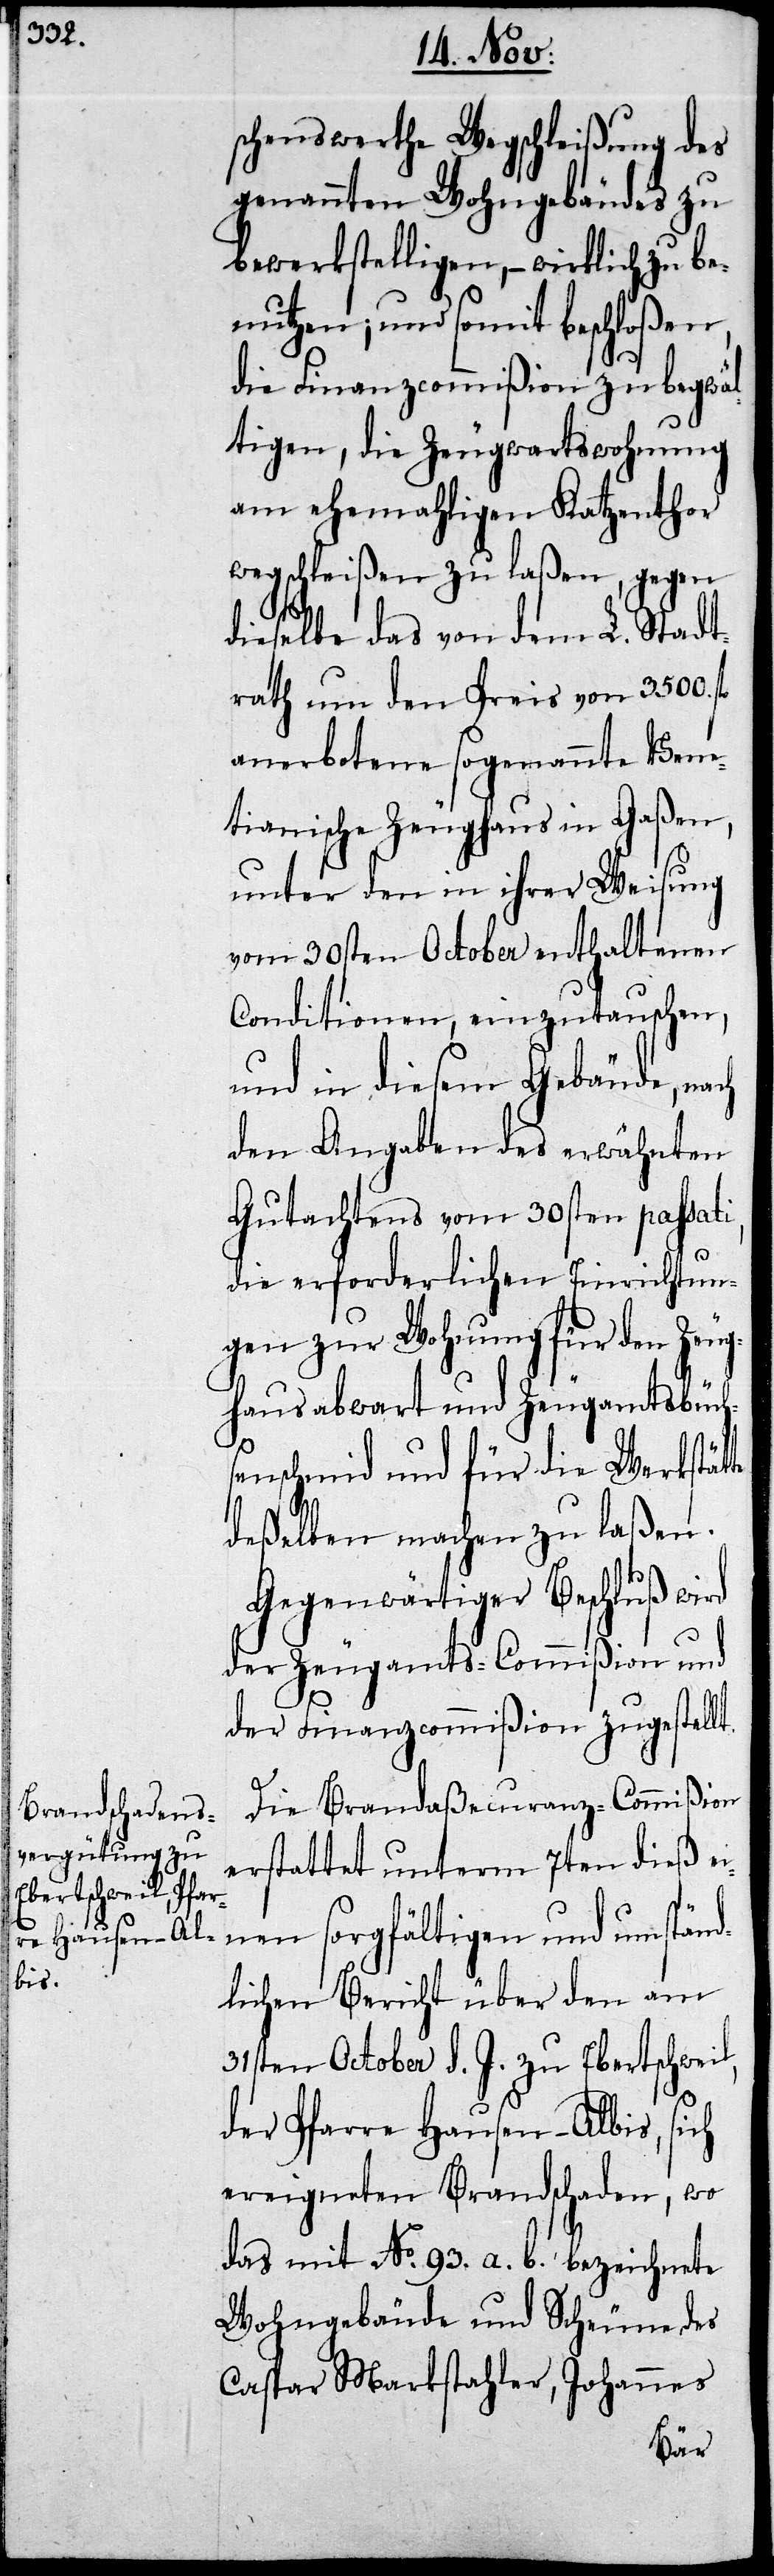
schenswerthe Wegschleißung des
genannten Wohngebäudes zu
bewerkstelligen, – wirklich zu be¬
nutzen, und somit beschloßen,
die Finanzcommißion zu begwäl¬
tigen, die Zeugwartswohnung
am ehemahligen Katzenthor
wegschleißen zu laßen, gegen
dieselbe das von dem L. Stadt¬
rath um den Preis von 3500.
anerbotene sogenannte Vene¬
tianische Zeughaus in Gaßen,
unter den in ihrer Weisung
vom 30sten October enthaltenen
Conditionen, einzutauschen,
und in diesem Gebäude, nach
den Angaben des erwähnten
Gutachtens vom 30sten passati,
die erforderlichen Einrichtun¬
gen zur Wohnung für den Zeug¬
hausabwart und Zeugamtsbüch¬
senschmid und für die Werkstätte
deßelben machen zu laßen.
Gegenwärtiger Beschluß wird
der Zeugamts-Commißion und
der Finanzcommißion zugestellt.
Die Brand-Aßecuranz-Commißion
erstattet unterm 7ten dieß
einen sorgfältigen und umständ¬
lichen Bericht über den am
31sten October d. J. zu Ebertschweil,
der Pfarre Hausen-Albis, sich
ereigneten Brandschaden, wo
das mit No. 93. a. b. bezeichnete
Wohngebäude und Scheune des
Caspar Markstahler, Johannes